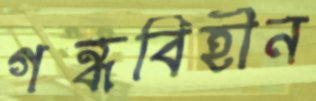
গন্ধবিহীন